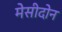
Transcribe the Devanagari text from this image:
मेसीदोन